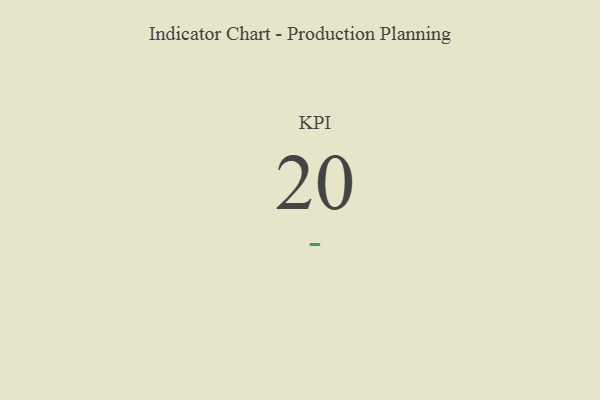
{"axis": {"x": "KPI", "y": "Value"}, "legend": [""], "data": [{"x": "KPI", "y": 20, "type": ""}]}